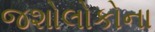
જશોલોકોના